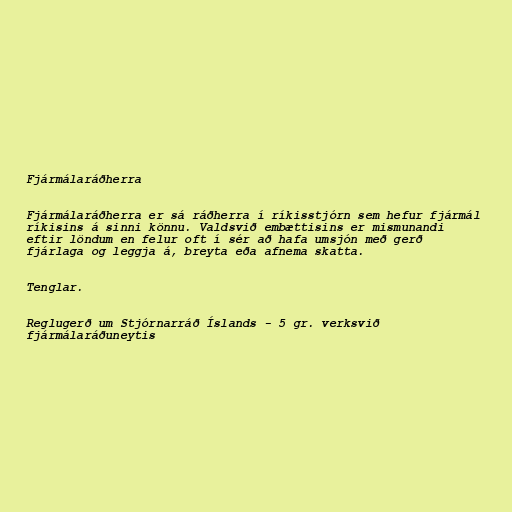
Fjármálaráðherra

Fjármálaráðherra er sá ráðherra í ríkisstjórn sem hefur fjármál
ríkisins á sinni könnu. Valdsvið embættisins er mismunandi
eftir löndum en felur oft í sér að hafa umsjón með gerð
fjárlaga og leggja á, breyta eða afnema skatta.

Tenglar.

Reglugerð um Stjórnarráð Íslands - 5 gr. verksvið
fjármálaráðuneytis